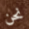
نحن